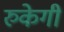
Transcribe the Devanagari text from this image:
रुकेगी